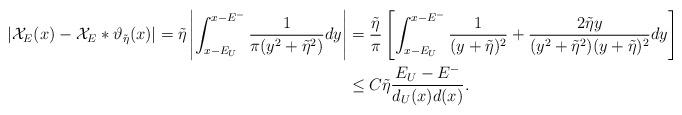
LaTeX: \begin{align*}|\mathcal{X}_E(x)-\mathcal{X}_E*\vartheta_{\tilde{\eta}}(x)| = \tilde{\eta} \left | \int_{x-E_U}^{x-E^-} \frac{1}{\pi(y^2+\tilde{\eta}^2)} dy\right |&=\frac{\tilde{\eta}}{\pi}\left[\int_{x-E_U}^{x-E^-} \frac{1}{(y+\tilde{\eta})^2}+\frac{2 \tilde{\eta}y}{(y^2+\tilde{\eta}^2)(y+\tilde{\eta})^2} dy\right] \\& \leq C \tilde{\eta} \frac{E_U-E^-}{d_U(x)d(x)}.\end{align*}